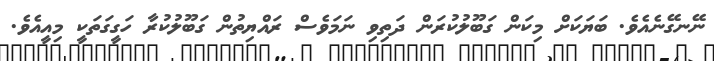
ނޭނގޭނެއެވެ. ބަޔަކަށް މިކަން ގަބޫލުކުރަން ދަތިވި ނަމަވެސް ރައްޔިތުން ގަބޫލުކުރާ ހަގީގަތަކީ މިއީއެވެ.